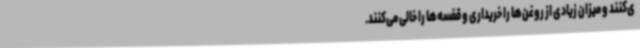
ی‌کنند و میزان زیادی از روغن‌ها را خریداری و قفسه‌ها را خالی می‌کنند.